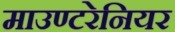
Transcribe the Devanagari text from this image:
माउण्टरेनियर